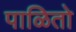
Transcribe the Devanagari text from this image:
पाळितो